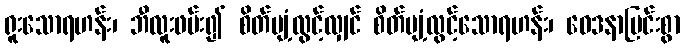
ရူးသောရဟန်း၊ ဘီလူးဖမ်း၍ စိတ်ပျံ့လွင့်လျှင် စိတ်ပျံ့လွင့်သောရဟန်း၊ ဝေဒနာပြင်းစွာ